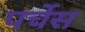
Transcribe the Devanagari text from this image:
पर्चेस